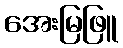
အေးမြဖြူ